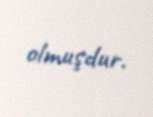
olmuşdur.